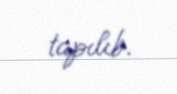
tapılıb.